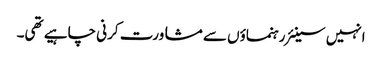
انہیں سینئر رہنماؤں سے مشاورت کرنی چاہیے تھی۔